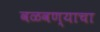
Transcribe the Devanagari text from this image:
वळवण्याचा